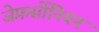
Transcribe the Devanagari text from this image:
जेफ़र्सोनियन